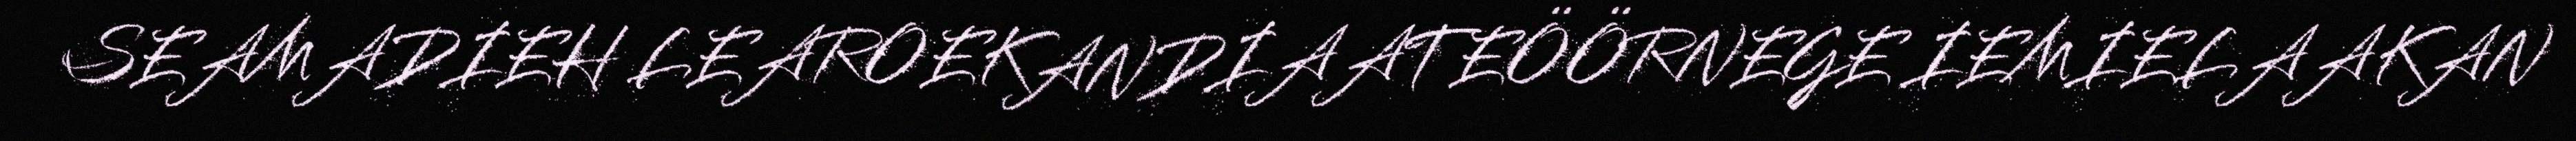
SEAMADIEH LEAROEKANDIAATEÖÖRNEGE IEMIELAAKAN